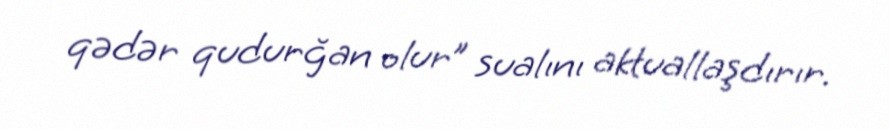
qədər qudurğan olur” sualını aktuallaşdırır.